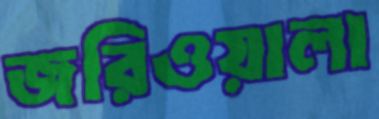
জরিওয়ালা